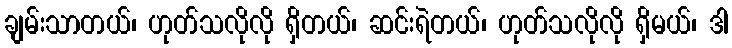
ချမ်းသာတယ်၊ ဟုတ်သလိုလို ရှိတယ်၊ ဆင်းရဲတယ်၊ ဟုတ်သလိုလို ရှိမယ်၊ ဒါ